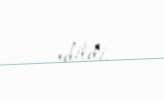
edildi.